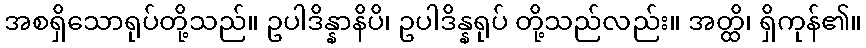
အစရှိသောရုပ်တို့သည်။ ဥပါဒိန္နာနိပိ၊ ဥပါဒိန္နရုပ် တို့သည်လည်း။ အတ္ထိ၊ ရှိကုန်၏။